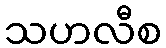
သဟလီစ